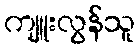
ကျူးလွန်သူ